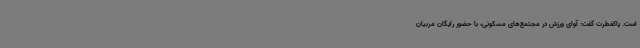
است. پاکفطرت گفت: آوای ورزش در مجتمع‌های مسکونی، با حضور رایگان مربیان